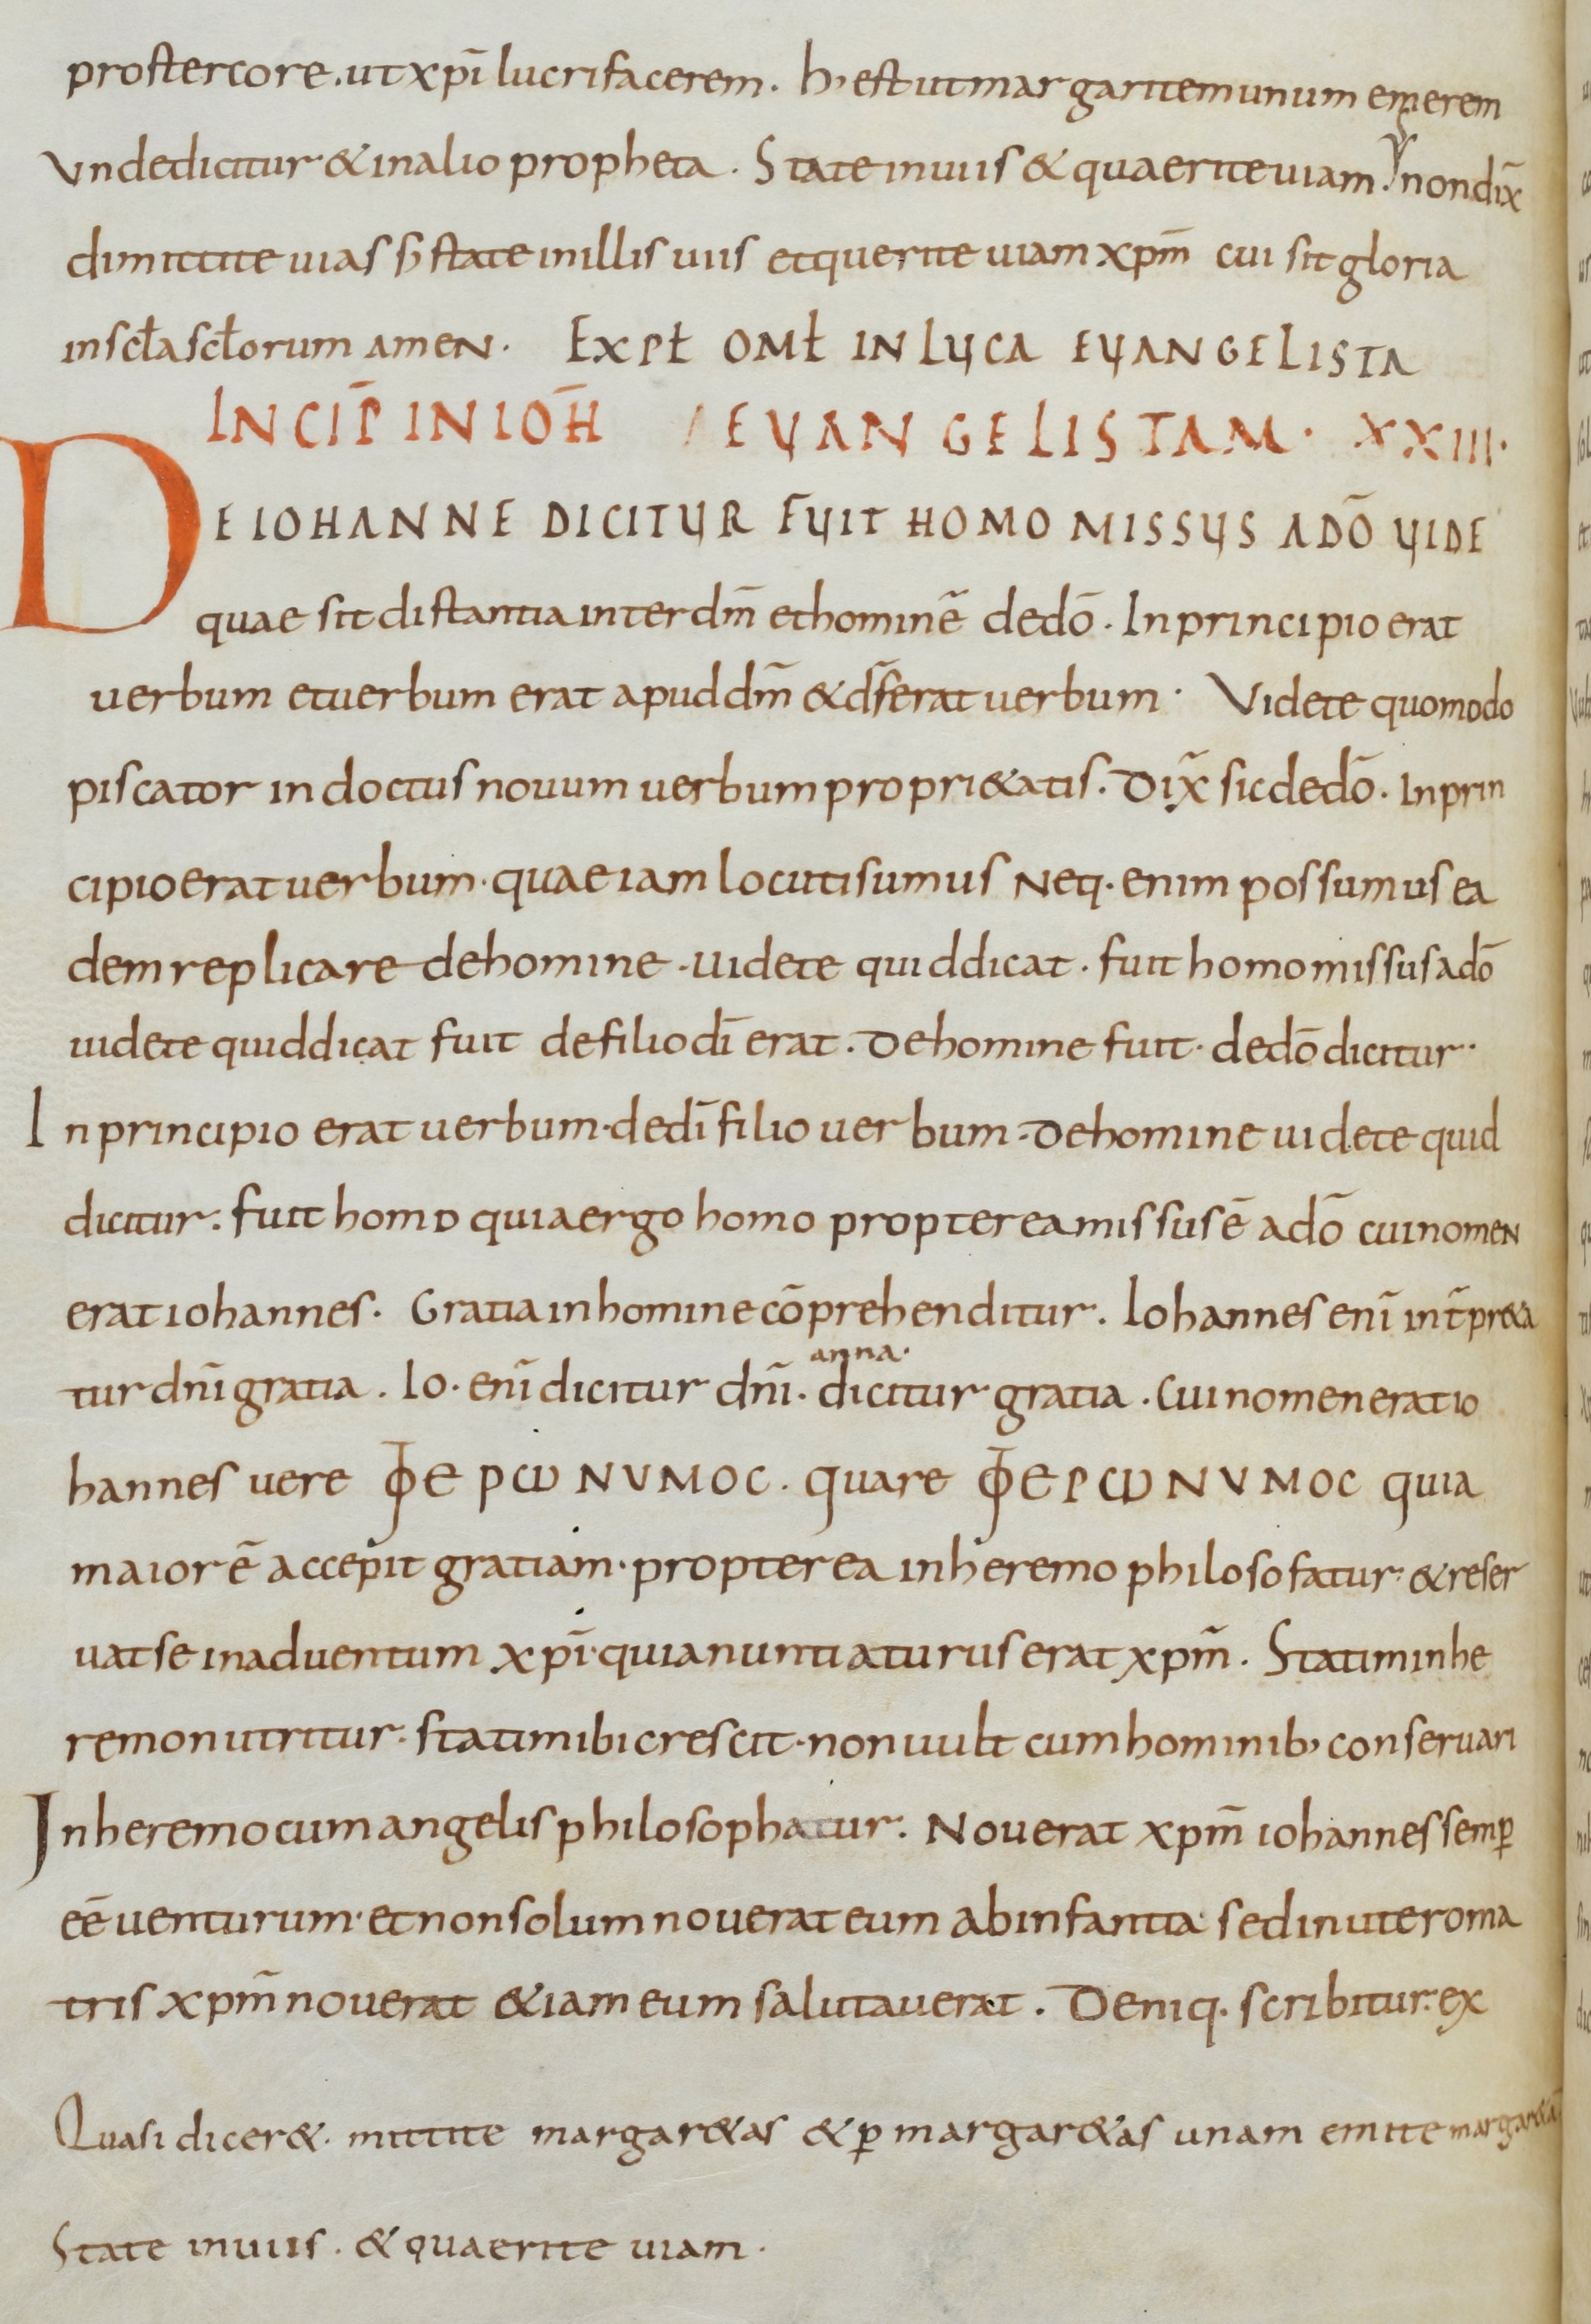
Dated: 800–899